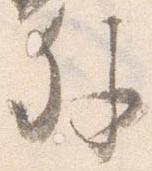
外